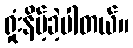
ရှုံးနိမ့်ခဲ့ပါတယ်။